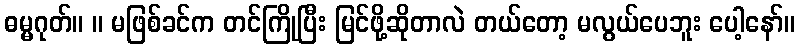
ဓမ္မဂုတ်။ ။ မဖြစ်ခင်က တင်ကြိုပြီး မြင်ဖို့ဆိုတာလဲ တယ်တော့ မလွယ်ပေဘူး ပေါ့နော်။